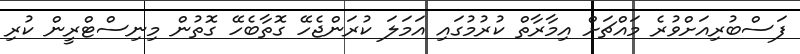
ފަސްބުރިއަށްވުރެ މައްޗަށް އިމާރާތް ކުރުމުގައި އަމަލަ ކުރަންޖެހޭ ގޮތާބެހޭ ގޮތުން މިނިސްޓްރީން ކުރި